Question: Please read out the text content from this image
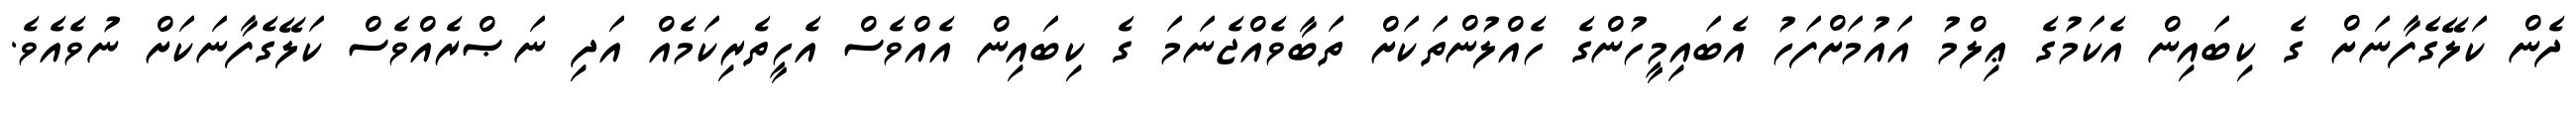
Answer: ދެން ކަލޭގެފާނަށް ގެ ކިބައިން އެކަމުގެ ޢިލްމު އައުމަށްފަހު އެބައިމީހުންގެ ހެއްލުންތަކަށް ތަބާވެއްޖެނަމަ ގެ ކިބައިން އެއްވެސް އެހީތެރިކަމެއް އަދި ނަޞްރެއްވެސް ކަލޭގެފާނަކަށް ނުވެއެވެ.